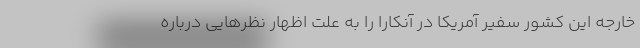
خارجه این کشور سفیر آمریکا در آنکارا را به علت اظهار نظرهایی درباره